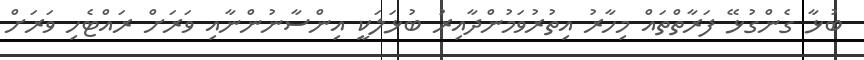
ބުޅާ ގެންގުޅޭ ފަރާތްތައް މިހާރު އިތުރުވަމުންދާއިރު ބުޅަލަކީ އިންސާނުންނާއި ވަރަށް ރައްޓެހި ވަރަށް